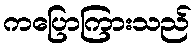
ကပြောကြားသည်